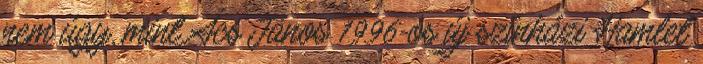
nem úgy, mint Ács János 1996-os új színházi Hamlet